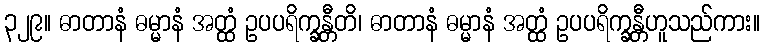
၃၂၉။ ဓာတာနံ ဓမ္မာနံ အတ္ထံ ဥပပရိက္ခန္တီတိ၊ ဓာတာနံ ဓမ္မာနံ အတ္ထံ ဥပပရိက္ခန္တီဟူသည်ကား။